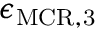
\epsilon _ { \mathrm { M C R , 3 } }